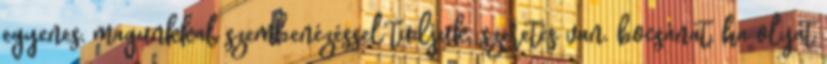
egyenes, magunkkal szembenézéssel tudjuk. szeretés van. bocsánat, ha olyat